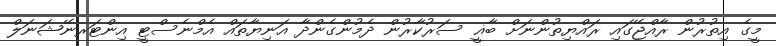
މީގެ އިތުރުން ރާއްޖޭގައި ރައްޔިތުންނަށް ބާޣީ ސަރުކާރުން ދެމުންގެންދާ އަނިޔާތައް އެމްނެސްޓީ އިންޓަރނޭޝަނަލް